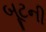
બૂટની